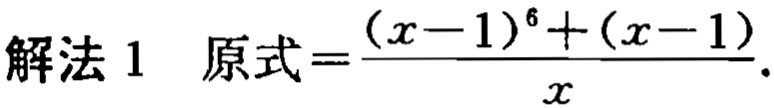
解法 1 原式=\(\frac{(x - 1)^6 + (x - 1)}{x}\).